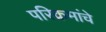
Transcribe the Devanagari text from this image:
परिक्रमांचे